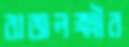
রাজলক্ষ্মীর